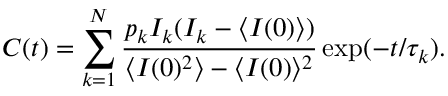
C ( t ) = \sum _ { k = 1 } ^ { N } \frac { p _ { k } I _ { k } ( I _ { k } - \langle I ( 0 ) \rangle ) } { \langle I ( 0 ) ^ { 2 } \rangle - \langle I ( 0 ) \rangle ^ { 2 } } \exp ( - t / \tau _ { k } ) .